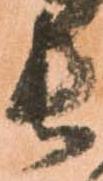
長